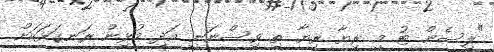
"ލިސެން ޓު މީ ރިޔާ ރިޔާ ތި ވިސްނަނީ އަދި މުޅިން ރަނގަޅަކަށް